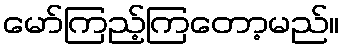
မော်ကြည့်ကြတော့မည်။